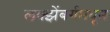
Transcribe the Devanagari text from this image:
लक्झेंबर्गमधून